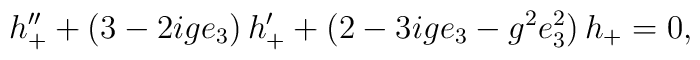
h''_+ +(3 -2ige_3)\,h'_+ +(2- 3ige_3 -g^2e_3^2)\,h_+ =0,